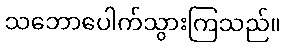
သဘောပေါက်သွားကြသည်။